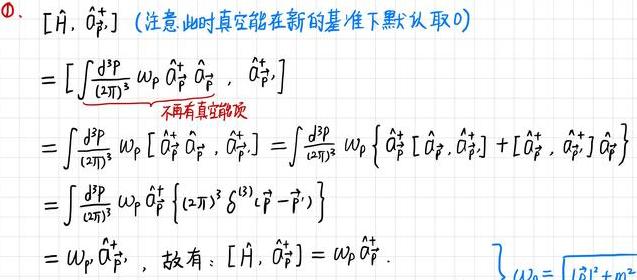
\[&[\hat{H},\hat{a}_{\vec{p}'}^{+}]\quad(\]注意:此时真空能在新的基准下默认取0)\\
\[=&\left[\int\frac{d^{3}p}{(2\pi)^{3}}\omega_{p}\hat{a}_{\vec{p}}^{+}\hat{a}_{\vec{p}},\hat{a}_{\vec{p}'}^{+}\right]\]\\
\[=&\int\frac{d^{3}p}{(2\pi)^{3}}\omega_{p}\left[\hat{a}_{\vec{p}}^{+}\hat{a}_{\vec{p}},\hat{a}_{\vec{p}'}^{+}\right]=\int\frac{d^{3}p}{(2\pi)^{3}}\omega_{p}\left\{\hat{a}_{\vec{p}}^{+}\left[\hat{a}_{\vec{p}},\hat{a}_{\vec{p}'}^{+}\right]+\left[\hat{a}_{\vec{p}}^{+},\hat{a}_{\vec{p}'}^{+}\right]\hat{a}_{\vec{p}}\right\}\]\\
\[=&\int\frac{d^{3}p}{(2\pi)^{3}}\omega_{p}\hat{a}_{\vec{p}}^{+}\left\{(2\pi)^{3}\delta^{(3)}(\vec{p}-\vec{p}')\right\}\]\\
\[=&\omega_{p'}\hat{a}_{\vec{p}'}^{+},\]故有\[:[\hat{H},\hat{a}_{\vec{p}'}^{+}]=\omega_{p'}\hat{a}_{\vec{p}'}^{+}.\]\\
\left\{\begin{array}{l}
\[\omega_{\vec{p}}=\sqrt{|\vec{p}|^{2}+m^{2}}\]\\
\end{array}\right.